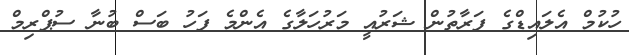
ހުކުމް އެލައިޑްގެ ފަރާތުން ޝަރުއީ މަރުހަލާގެ އެންމެ ފަހު ބަސް ބުނާ ސުޕްރިމް